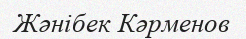
Жәнібек Кәрменов